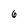
Character: 6